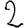
Digit: 2